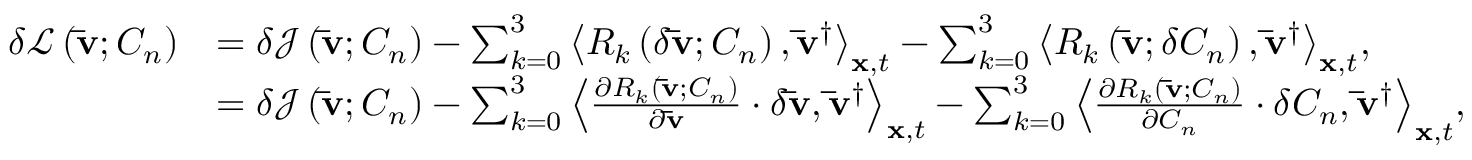
\begin{array} { r l } { \delta \mathcal { L } \left( { { \bf { \bar { v } } } ; { C _ { n } } } \right) } & { = \delta { \mathcal J } \left( { { \bf { \bar { v } } } ; { C _ { n } } } \right) - \sum _ { k = 0 } ^ { 3 } { { { \left\langle { { R _ { k } } \left( { \delta { \bf { \bar { v } } } ; { C _ { n } } } \right) , { { { \bf { \bar { v } } } } ^ { \dag } } } \right\rangle } _ { { \bf { x } } , t } } } - \sum _ { k = 0 } ^ { 3 } { { { \left\langle { { R _ { k } } \left( { { \bf { \bar { v } } } ; \delta { C _ { n } } } \right) , { { { \bf { \bar { v } } } } ^ { \dag } } } \right\rangle } _ { { \bf { x } } , t } } } , } \\ & { = \delta { \mathcal J } \left( { { \bf { \bar { v } } } ; { C _ { n } } } \right) - { \sum _ { k = 0 } ^ { 3 } \left\langle { { \frac { { \partial { R _ { k } } \left( { { \bf { \bar { v } } } ; { C _ { n } } } \right) } } { { \partial { \bf { \bar { v } } } } } \cdot \delta { \bf { \bar { v } } } } , { { { \bf { \bar { v } } } } ^ { \dag } } } \right\rangle _ { { \bf { x } } , t } } - \sum _ { k = 0 } ^ { 3 } { { { \left\langle { \frac { { \partial { R _ { k } } \left( { { \bf { \bar { v } } } ; { C _ { n } } } \right) } } { { \partial { C _ { n } } } } \cdot \delta { C _ { n } } , { { { \bf { \bar { v } } } } ^ { \dag } } } \right\rangle } _ { { \bf { x } } , t } } } , } \end{array}